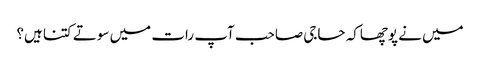
میں نے پوچھاکہ حاجی صاحب آپ رات میں سوتے کتنا ہیں؟